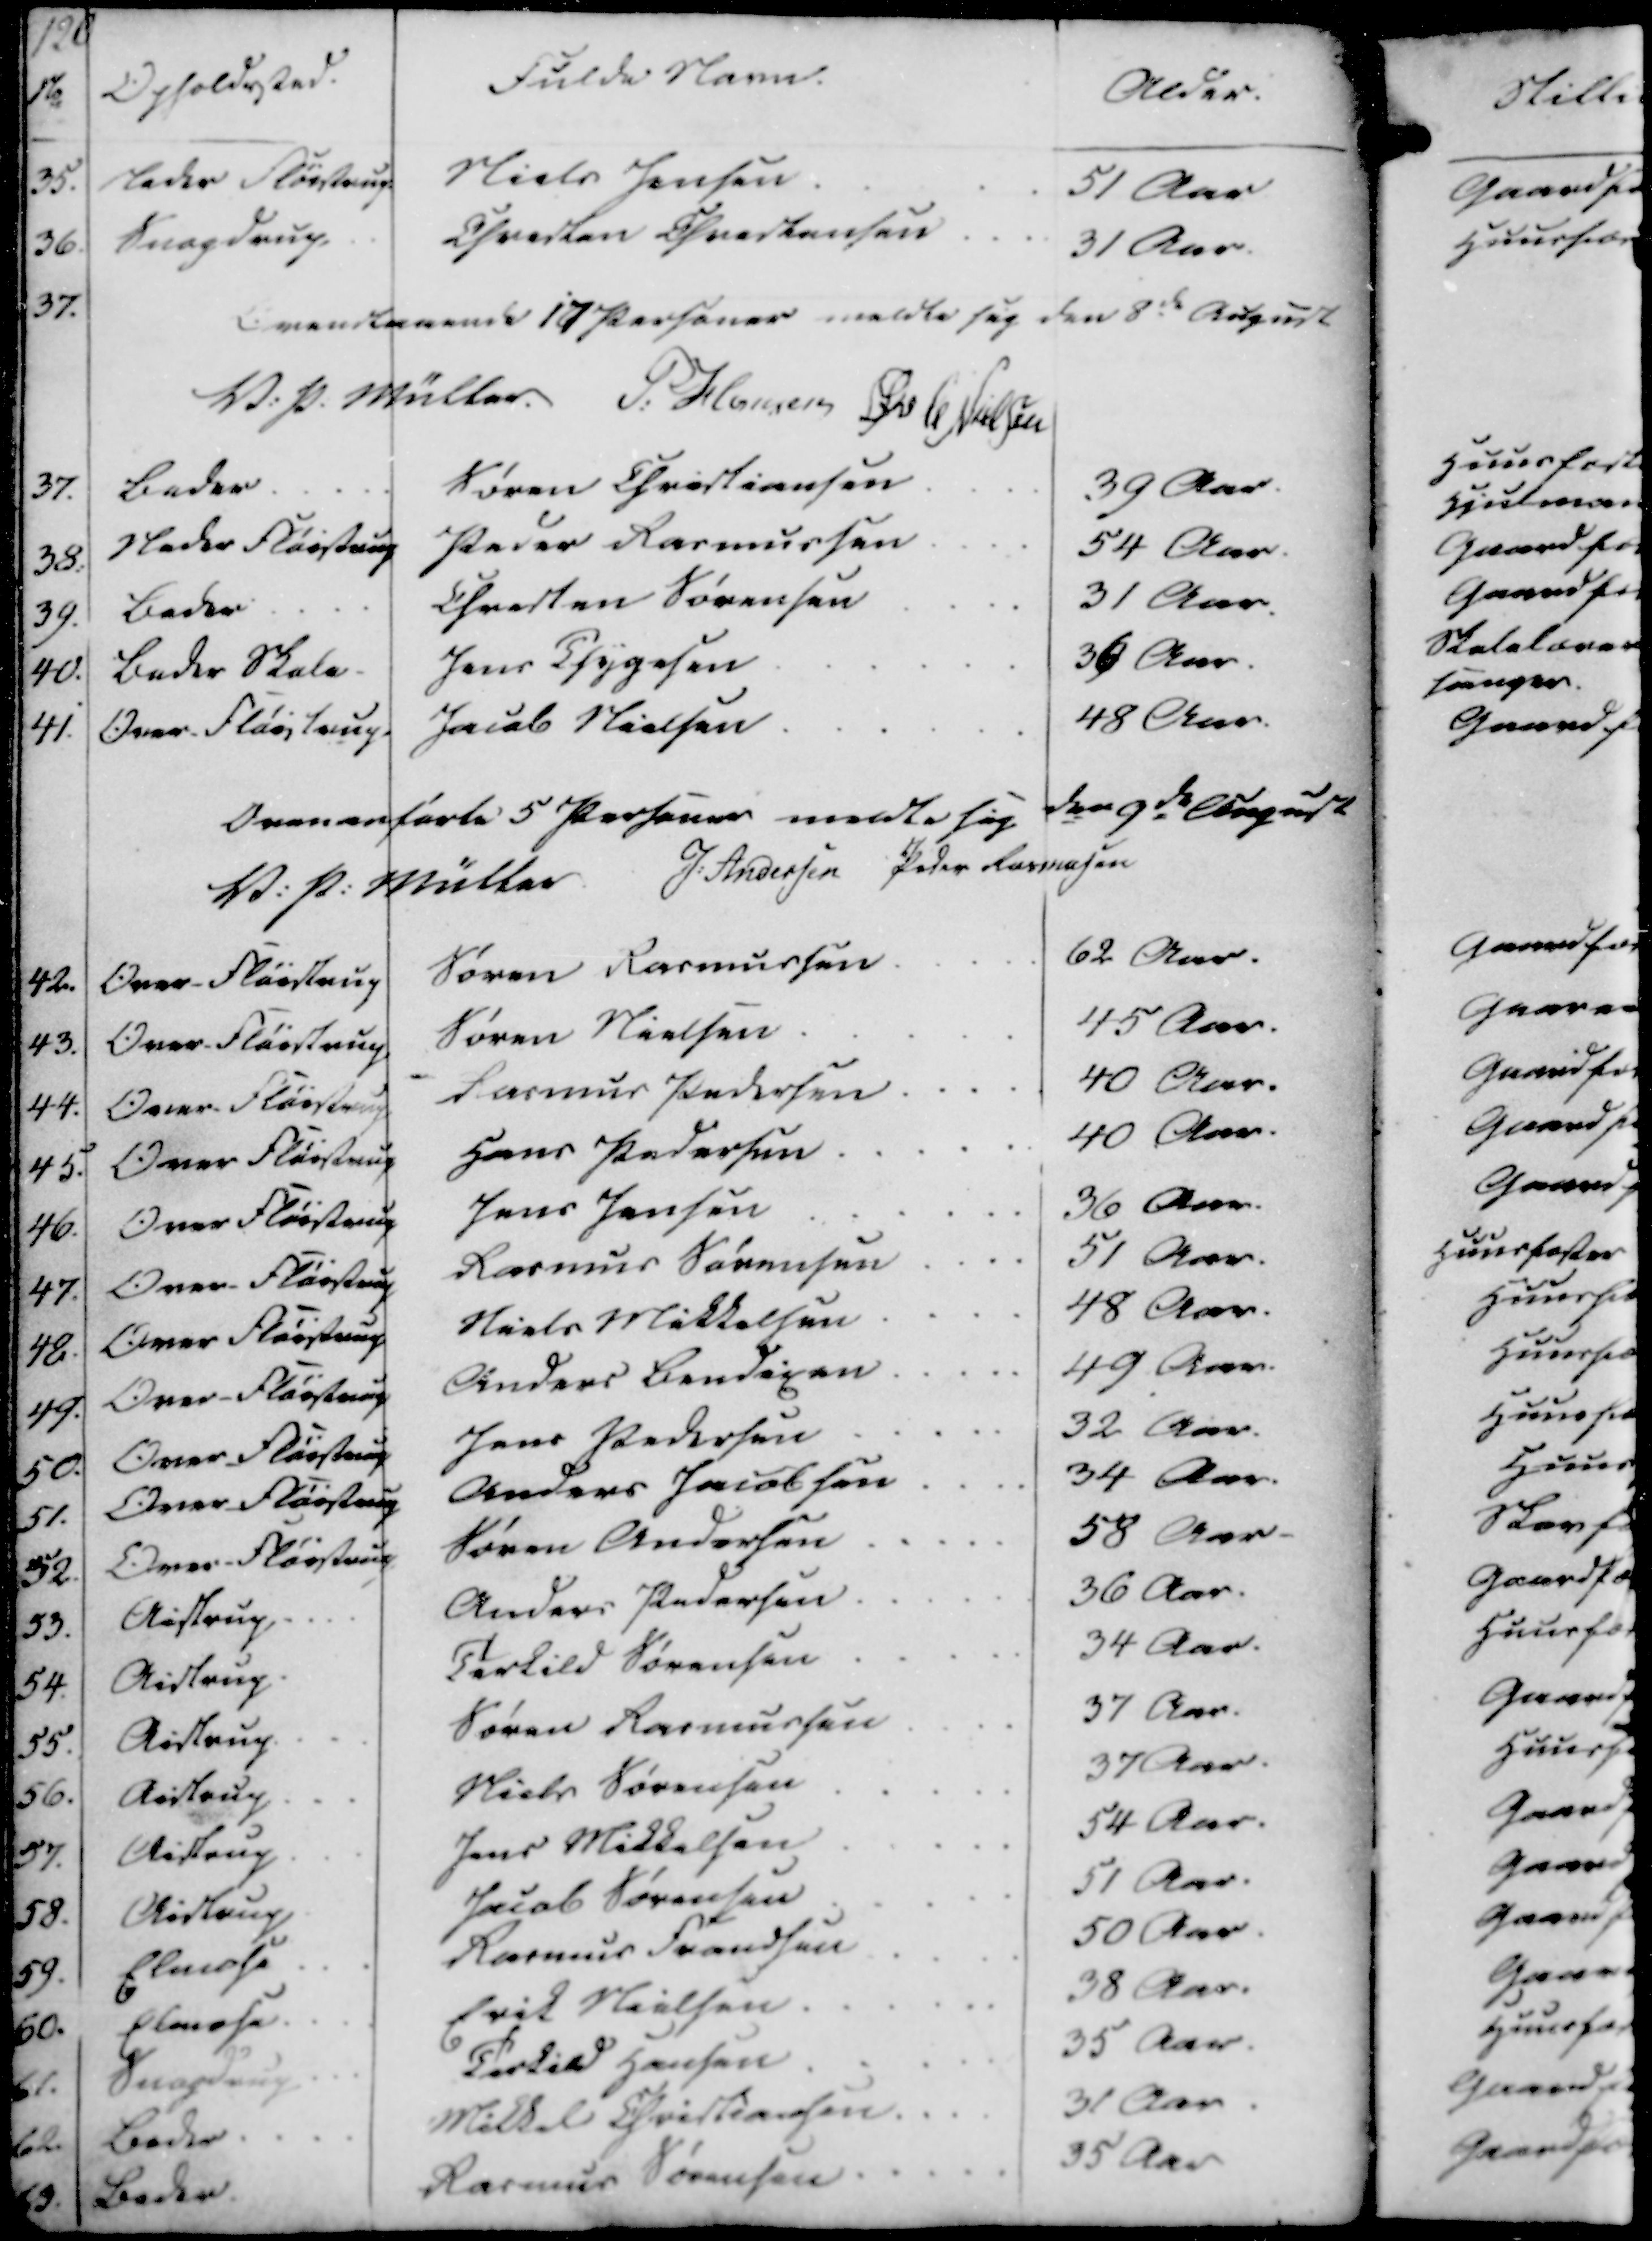
Transskription:
No
35
36
37.
37.
38
39.
40.
41.
42
43.
44
45.
46
47.
48
49

196

Fulde Navn.
Opholdsted.
Alder.
Niels Jensen
Neder Fløistrup
51 Aar
Chresten Chrestensen
Snogdrup
31 Aar
Overstaaende 17 Personer meldte sig den 8de August
V. P. Müller.
P. Hansen
Øvle Nielsen
Søren Christiansen
39 Aar.
Beder
Peder Rasmussen
Neder Fløistrup
54 Aar.
31 Aar
Chresten Sørensen
Beder
36 Aar
Jens Thygesen
Beder Skole
48 Aar
Jacob Nielsen
Over-Fløistrup
Ovenanførte 5 Personer meldte sig den 9de August
V. P. Müller
J. Andersen
Peder Rasmussen
62 Aar.
Søren Rasmussen
Over-Fløistrup
45 Aar.
Søren Nielsen
Over-Fløistrup
40 aar.
Rasmus Pedersen
Over-Fløistrup
40 Aar.
Hans Pedersen
Over Fløistrup
36 Aar.
Jens Jensen
Over Fløistrup
51 Aar.
Rasmus Sørensen
Over-Fløistrup
48 Aar.
Niels Mikkelsen
Over Fløistrup
49 Aar.
Anders Bendixen
Over-Fløistrup
32 Aar.
Jens Pedersen
Over Fløistrup
34 Aar.
Anders Jacobsen
Over Fløistrup
58 Aar
Søren Andersen
Over-Fløistrup
36 Aar.
Anders Pedersen
Aistrup
34 Aar
Torkild Sørensen
Aistrup.
37 Aar.
Søren Rasmussen
Aistrup
37 Aar
Niels Sørensen
Aistrup
54 Aar.
Jens Mikkelsen
Aistrup
51 Aar.
Jacob Sørensen
Aistrup
50 Aar
Rasmus Frandsen
Elmose
38 Aar
Erik Nielsen
Elmose
35 Aar
Torkild Hansen
Snogdrup
31 Aar
Mikkel Christiansen
Beder
35 Aar
Rasmus Sørensen
Beder